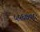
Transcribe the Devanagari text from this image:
५५६७०८